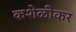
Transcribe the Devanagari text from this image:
कशेळीकर